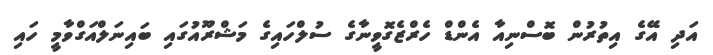
އަދި އޭގެ އިތުރުން ބޮސްނިއާ އެންޑް ހެރްޒެގޮވީނާގެ ސުލްހައިގެ މަޝްރޫއުގައި ބައިނަލްއަގްވާމީ ހައި